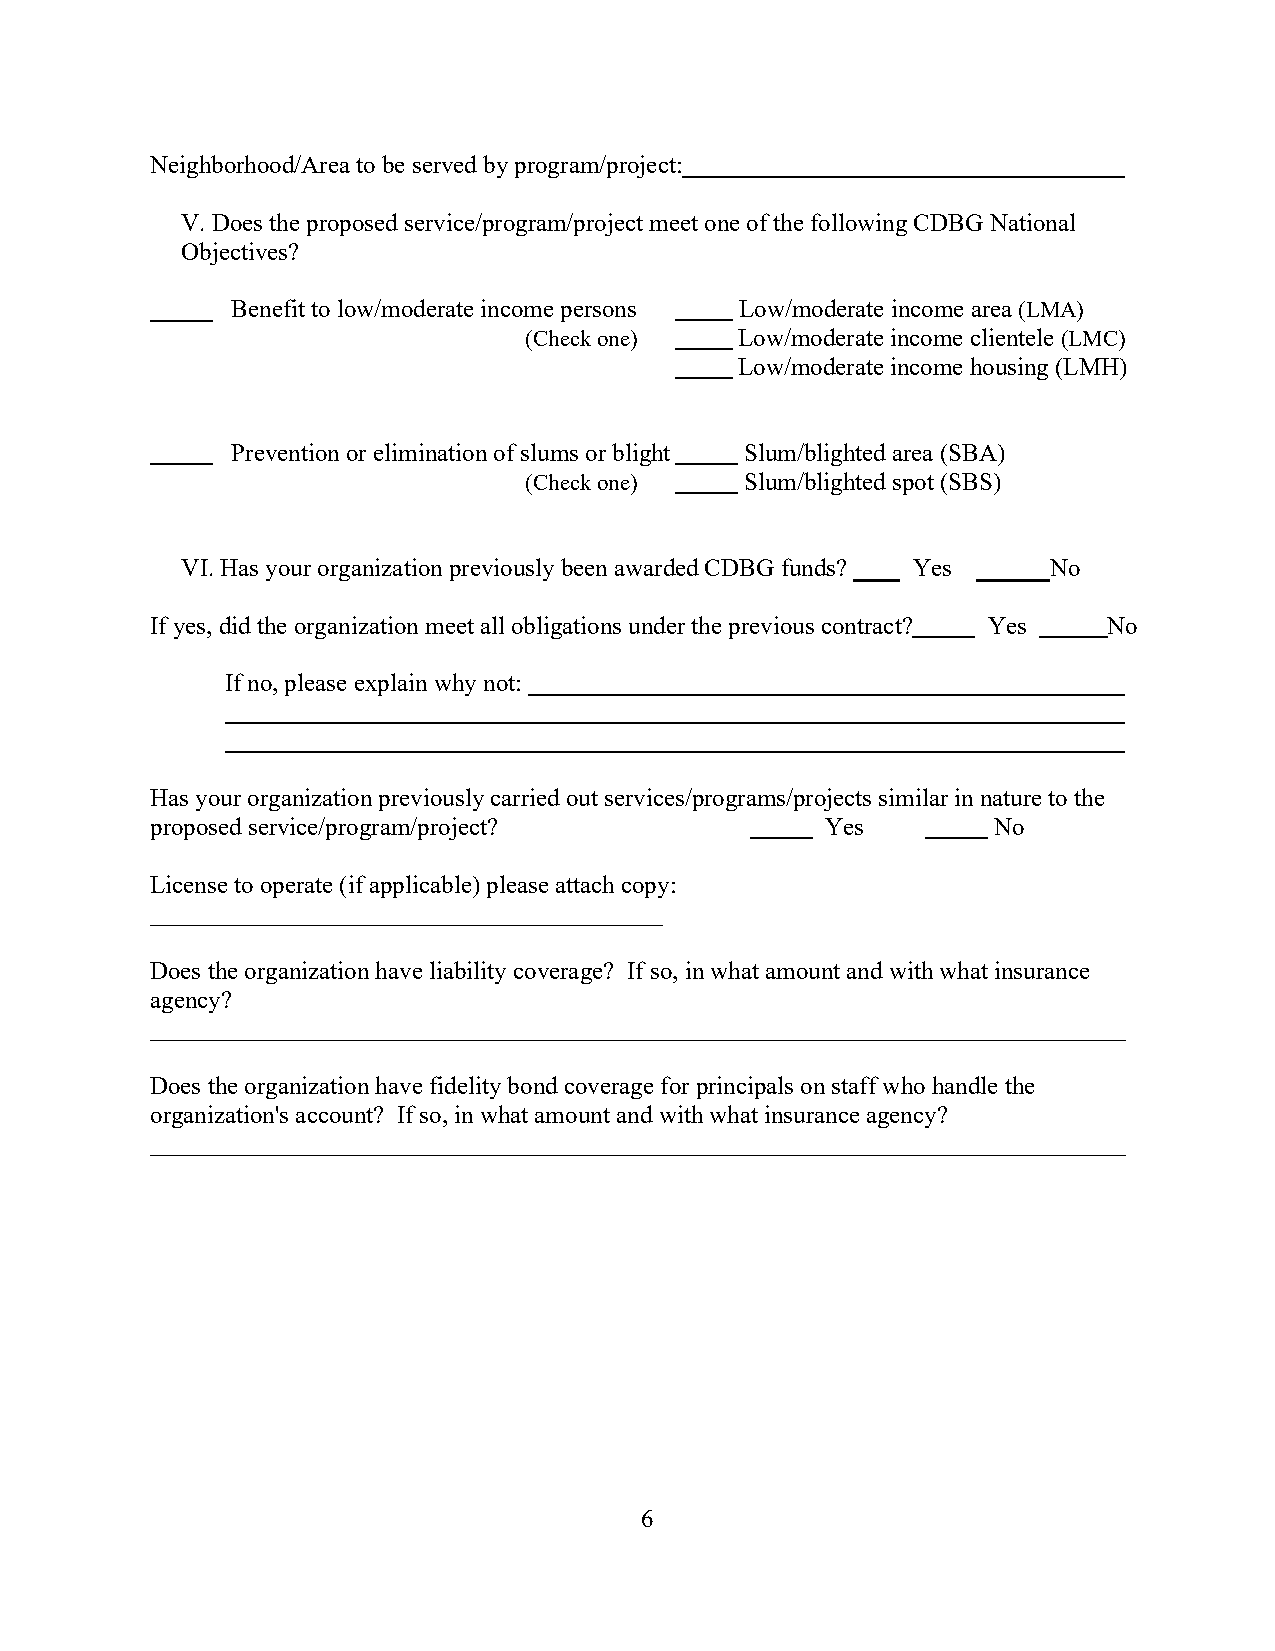
Neighborhood/Area to be served by program/project:
 V. Does the proposed service/program/project meet one of the following CDBG National
 Objectives?
 Benefit to low/moderate income persons Low/moderate income area (LMA)
 (Check one)   Low/moderate income clientele (LMC)
 Low/moderate income housing (LMH)
 Prevention or elimination of slums or blight Slum/blighted area (SBA)
 (Check one)   Slum/blighted spot (SBS)
 VI. Has your organization previously been awarded CDBG funds? Yes No
 If yes, did the organization meet all obligations under the previous contract? Yes No
 If no, please explain why not:
 Has your organization previously carried out services/programs/projects similar in nature to the
 proposed service/program/project?            Yes        No
 License to operate (if applicable) please attach copy:
 _________________________________________
 Does the organization have liability coverage? If so, in what amount and with what insurance
 agency?
 ______________________________________________________________________________
 Does the organization have fidelity bond coverage for principals on staff who handle the
 organization's account? If so, in what amount and with what insurance agency?
 ______________________________________________________________________________
 6